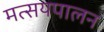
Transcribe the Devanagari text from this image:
मत्सयपालन